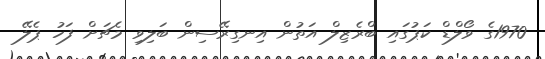
1970ގެ ވޯލްޑް ކަޕުގައި ބްރެޒިލް އަތުން އިނގިރޭސިން ބަލިވި މެޗަށް ފަހު ޕެލޭ